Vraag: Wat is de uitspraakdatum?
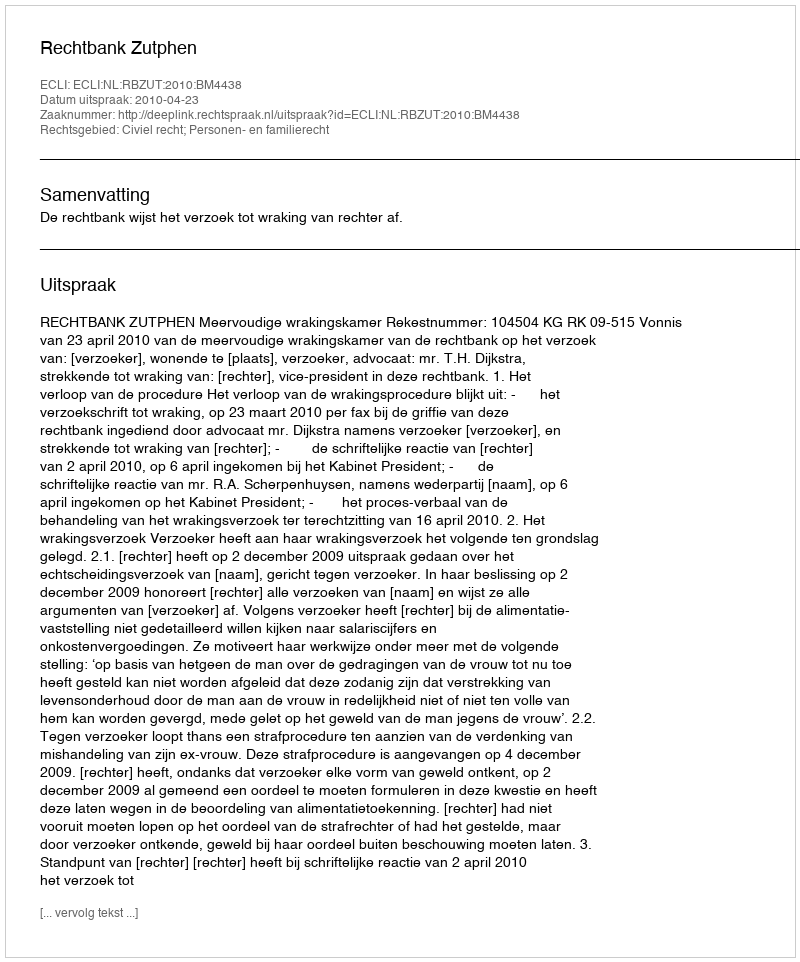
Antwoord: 2010-04-23